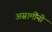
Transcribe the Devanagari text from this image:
असामींनी